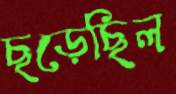
ছড়েছিল